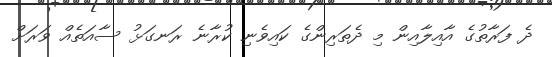
ދެ ފަރާތުގެ އާއިލާއިން މި ދެތަރިންގެ ކައިވެނި ކުރާނެ ރަނގަޅު ސާއަތެއް ވަރަށް